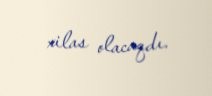
xilas olacaqdı.